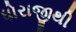
ધોરાજીથી